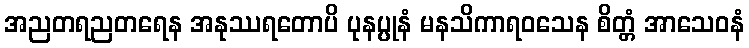
အညတရညတရေန အနုဿရတောပိ ပုနပ္ပုနံ မနသိကာရဝသေန စိတ္တံ အာသေဝနံ